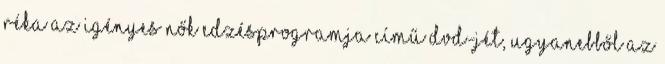
Réka Az igényes nők edzésprogramja című DVD-jét, ugyanebből az